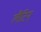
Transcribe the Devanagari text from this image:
लैटिन्